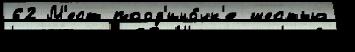
62 М'ест поод'ино́чк'е шестью